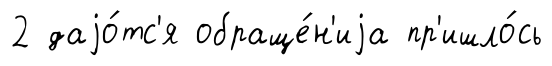
2 даjо́тс'я обраще́н'иjа пр'ишло́сь